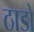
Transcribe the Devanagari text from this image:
ठाडो